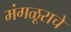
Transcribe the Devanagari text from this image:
मंगळूराचे